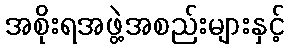
အစိုးရအဖွဲ့အစည်းများနှင့်